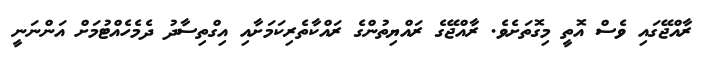
ރާއްޖޭގައި ވެސް އޮތީ މިގޮތަށެވެ. ރާއްޖޭގެ ރައްޔިތުންގެ ރައްކާތެރިކަމަށާއި އިގްތިސާދު ދެމެހެއްޓުމަށް އަންނަނީ